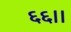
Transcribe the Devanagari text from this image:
६६।।